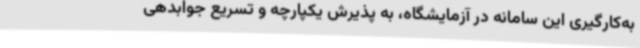
به‌کارگیری این سامانه در آزمایشگاه، به پذیرش یکپارچه و تسریع جوابدهی